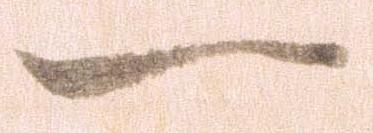
一